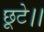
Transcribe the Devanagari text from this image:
छूटे।।